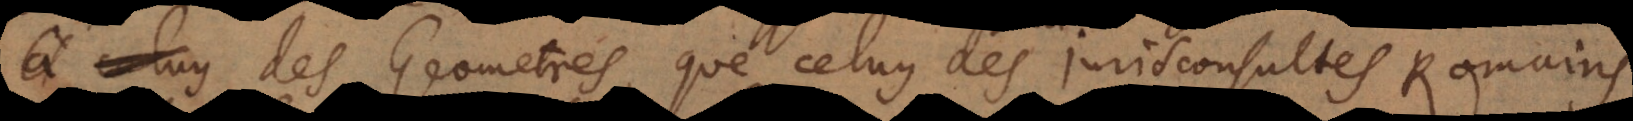
des Geometres, que celuy des Jurisconsultes Romains